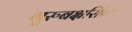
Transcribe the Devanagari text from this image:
गुरुबक्षसिंग